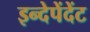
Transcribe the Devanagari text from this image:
इन्देपेंदेंट